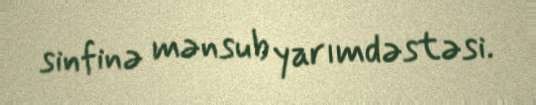
sinfinə mənsub yarımdəstəsi.